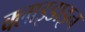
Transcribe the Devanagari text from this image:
क्लाइडाइन